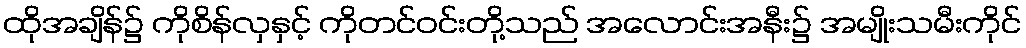
ထိုအချိန်၌ ကိုစိန်လှနှင့် ကိုတင်ဝင်းတို့သည် အလောင်းအနီး၌ အမျိုးသမီးကိုင်